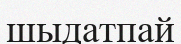
шыдатпай